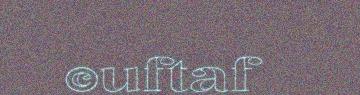
©uftaf